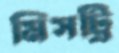
মিসট্রি